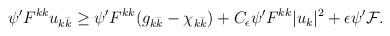
LaTeX: \begin{align*} \begin{aligned} \psi' F^{kk}u_{k\bar k} &\geq \psi' F^{kk}(g_{k\bar k} - \chi_{k\bar k}) + C_\epsilon\psi' F^{kk}|u_k|^2 + \epsilon\psi' \mathcal{F}. \end{aligned}\end{align*}